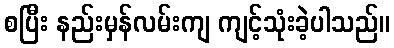
စပြီး နည်းမှန်လမ်းကျ ကျင့်သုံးခဲ့ပါသည်။